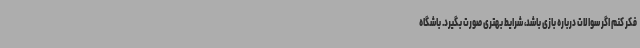
فکر کنم اگر سوالات درباره بازی باشد، شرایط بهتری صورت بگیرد. باشگاه